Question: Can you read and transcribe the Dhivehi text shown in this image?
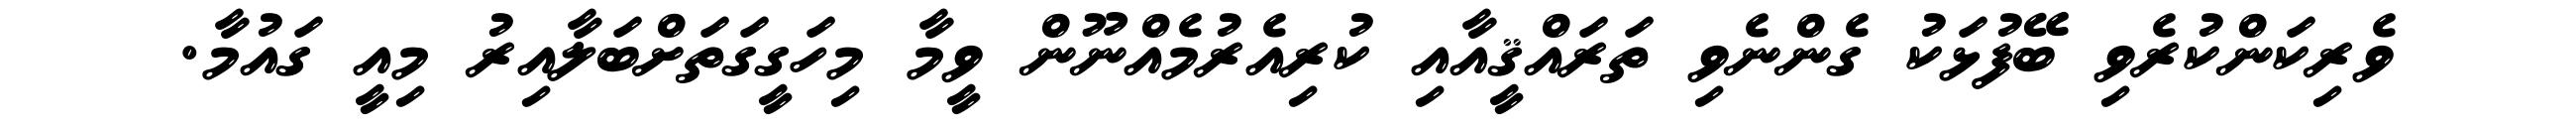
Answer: ވެރިކަންކުރެވި ބޭފުޅަކު ގެންނެވި ތަރައްޤީއާއި ކުރިއެރުމެއްނޫން ވީމާ މިހަގީގަތަށްބަލާއިރު މިއީ ގައުމާ.